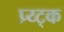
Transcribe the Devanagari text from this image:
प्र्य्ट्क